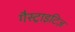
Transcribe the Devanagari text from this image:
गैस्ट्राइटिज़